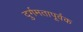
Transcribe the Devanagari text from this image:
दुर्गमतापूर्वक